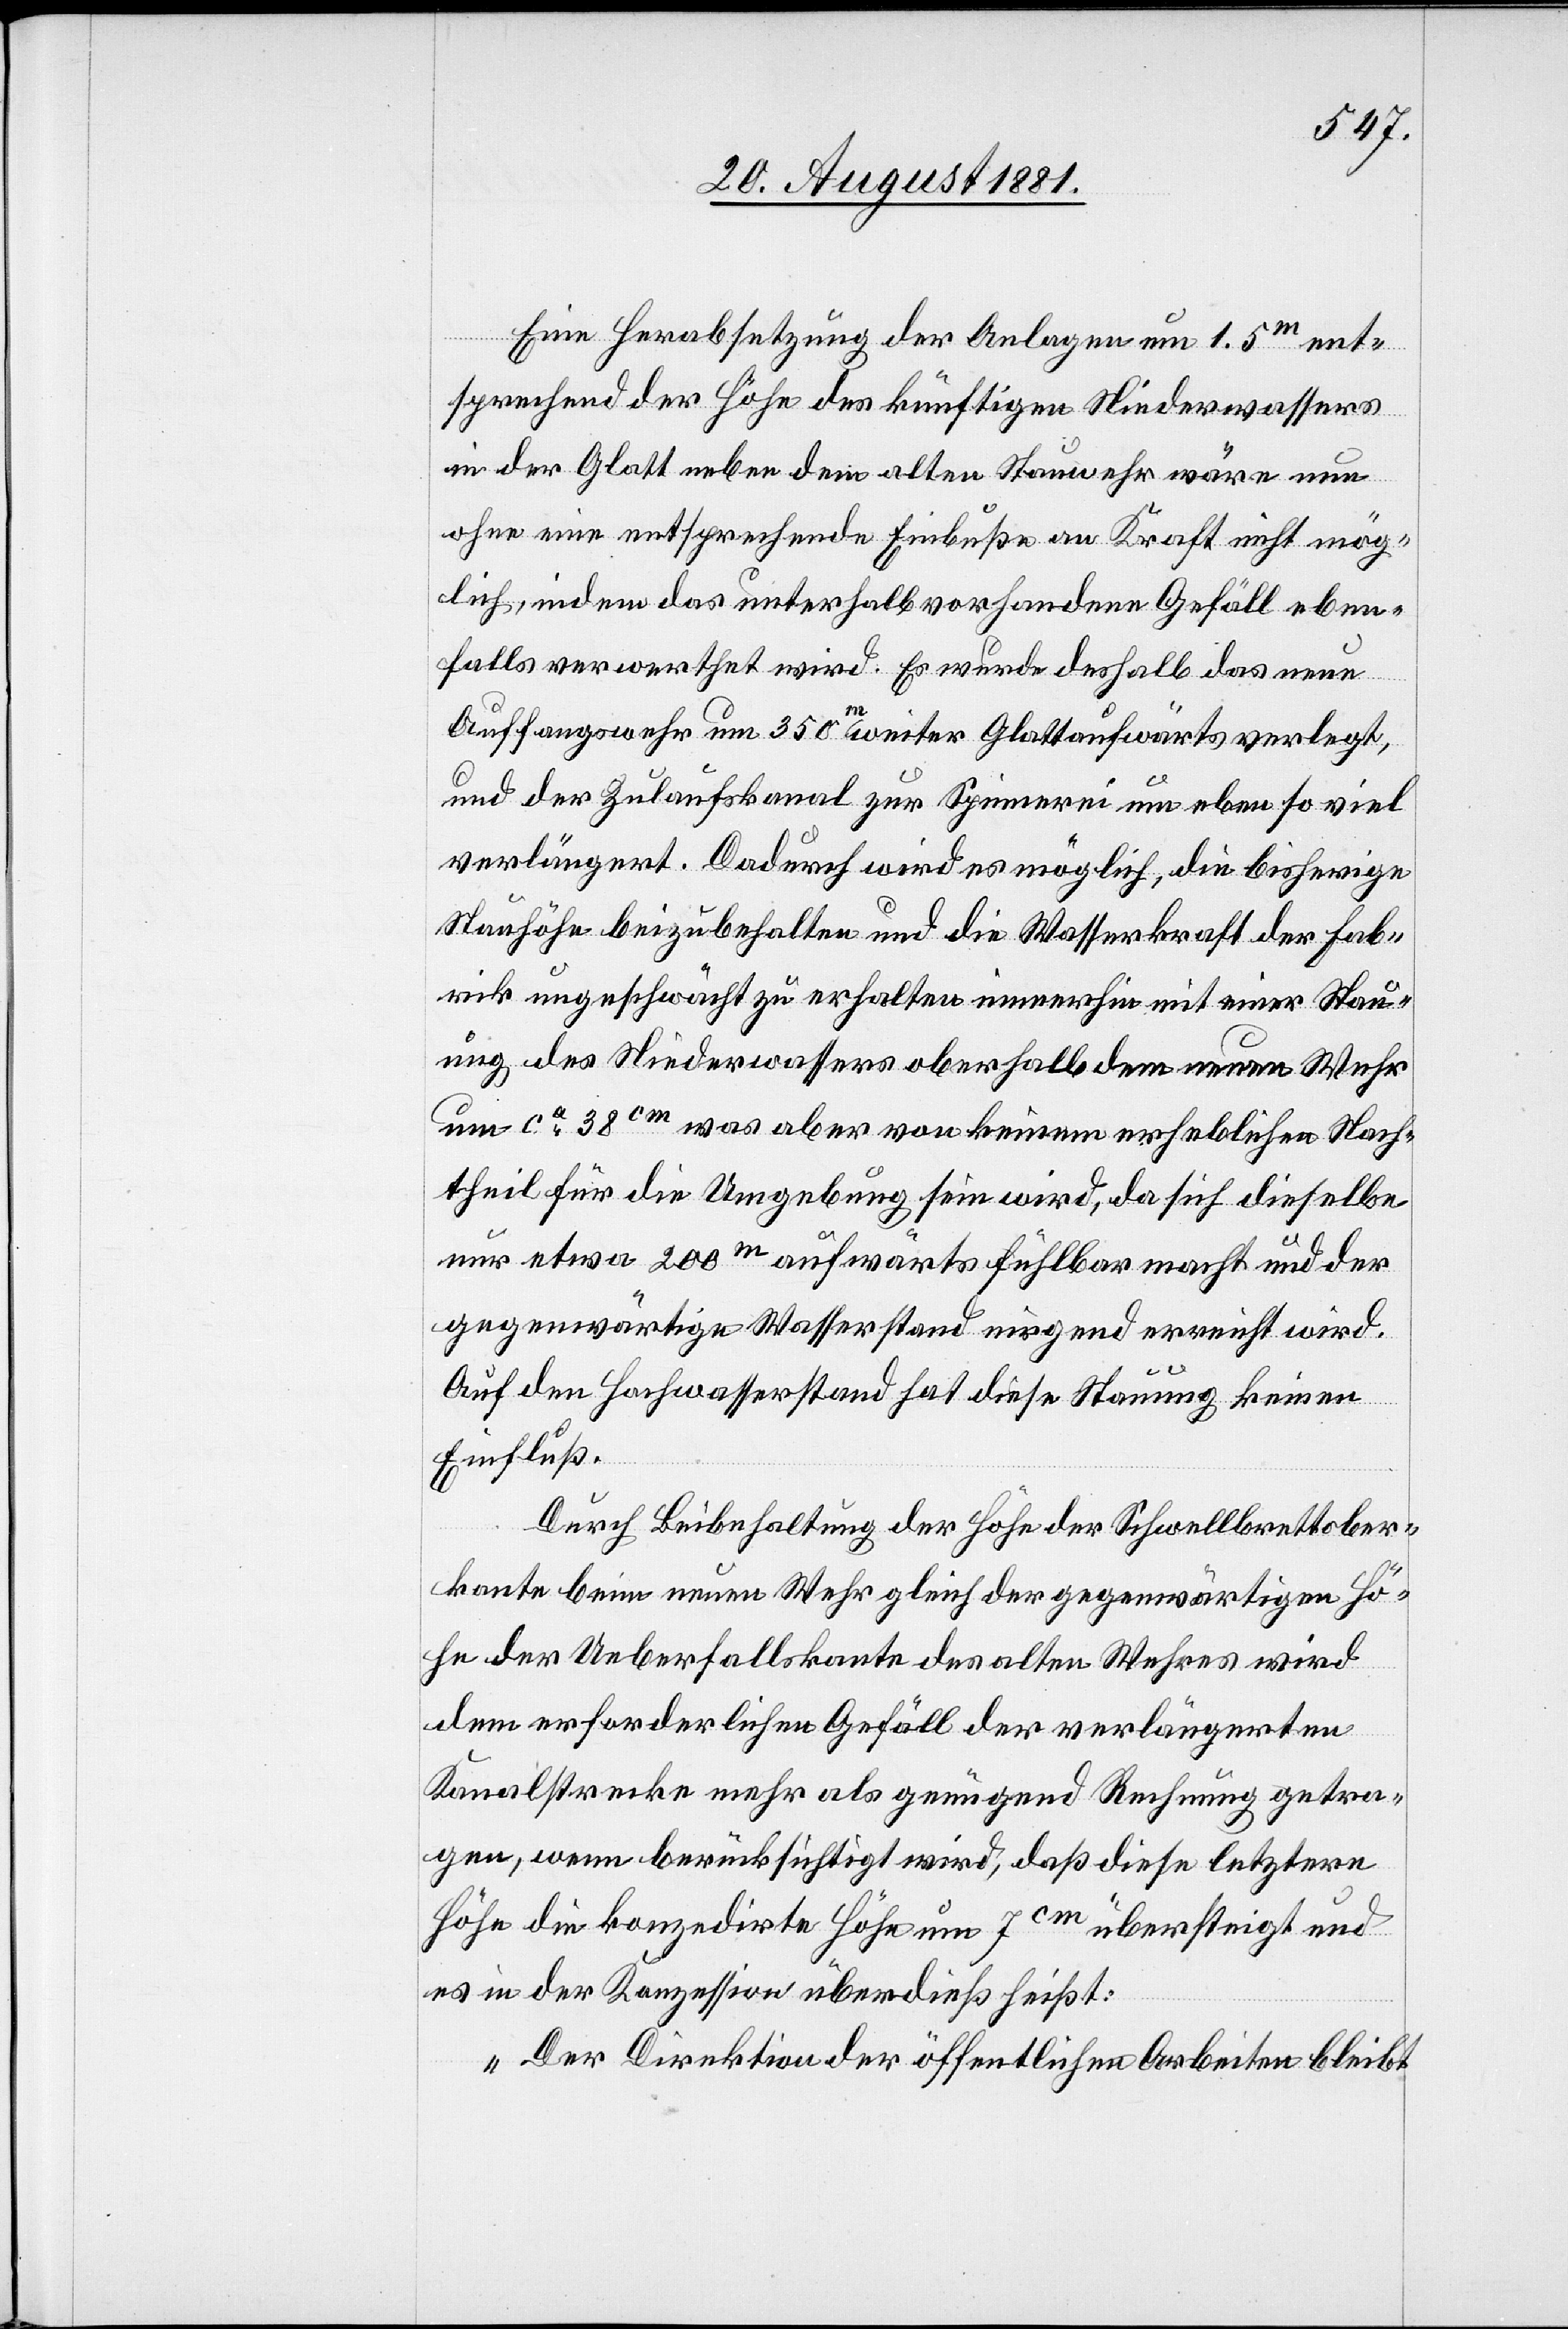
Eine Herabsetzung der Anlage um 1.5m ent¬
sprechend der Höhe des künftigen Niederwassers
in der Glatt neben dem alten Stauwehr wäre nun
ohne eine entsprechende Einbuße an Kraft nicht mög¬
lich, indem das unterhalb vorhandene Gefäll eben¬
falls verwerthet wird. Es wurde deshalb das neue
Auffangswehr um 350m weiter Glattaufwärts verlegt,
und der Zulaufskanal zur Spinnerei um ebenso viel
verlängert. Dadurch wird es möglich, die bisherige
Stauhöhe beizubehalten und die Wasserkraft der Fab¬
rik ungeschwächt zu erhalten immerhin mit einer Stau¬
ung des Niederwassers oberhalb dem neunen Wehr
um ca 38cm was aber von keinem erheblichen Nach¬
theil für die Umgebung sein wird, da sich dieselbe
nur etwa 200m aufwärts fühlbar macht und der
gegenwärtige Wasserstand nirgend erreicht wird.
Auf den Hochwasserstand hat diese Stauung keinen
Einfluß.
Durch Beibehaltung der Höhe der Schwellbrettober¬
kante beim neuen Wehr gleich der gegenwärtigen Hö¬
he der Ueberfallskante des alten Wehres wird
dem erforderlichen Gefälle der verlängerten
Kanalstrecke mehr als genügend Rechnung getra¬
gen, wenn berücksichtigt wird, daß diese letztere
Höhe die konzedirte Höhe um 7cm übersteigt und
es in der Konzession überdieß heißt:
„Der Direktion der öffentlichen Arbeiten bleibt